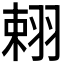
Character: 𦐾